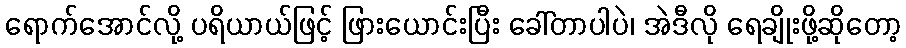
ရောက်အောင်လို့ ပရိယာယ်ဖြင့် ဖြားယောင်းပြီး ခေါ်တာပါပဲ၊ အဲဒီလို ရေချိုးဖို့ဆိုတော့